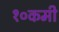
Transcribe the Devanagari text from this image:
१०कमी